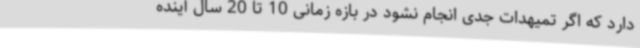
دارد که اگر تمیهدات جدی انجام نشود در بازه زمانی 10 تا 20 سال آینده